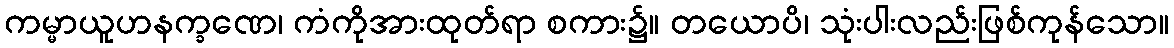
ကမ္မာယူဟနက္ခဏေ၊ ကံကိုအားထုတ်ရာ စကား၌။ တယောပိ၊ သုံးပါးလည်းဖြစ်ကုန်သော။